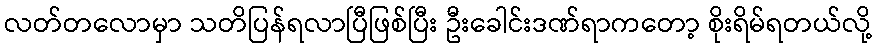
လတ်တလောမှာ သတိပြန်ရလာပြီဖြစ်ပြီး ဦးခေါင်းဒဏ်ရာကတော့ စိုးရိမ်ရတယ်လို့